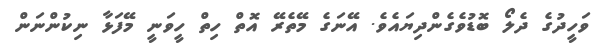
ވަހީދުގެ ދެލޯ ބޮޑުވެގެންދިޔައެވެ. އޭނަގެ މޭތެރޭ އޮތް ހިތް ހީވަނީ މޭފަޅާ ނިކުންނަން